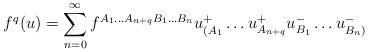
LaTeX: \begin{align*}f^q(u) = \sum^{\infty}_{n=0} f^{A_1\ldots A_{n+q}B_1\ldots B_n} u^+_{(A_1}\ldots u^+_{A_{n+q}}u^-_{B_1}\ldots u^-_{B_n)}\end{align*}